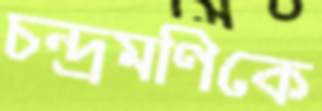
চন্দ্রমণিকে